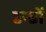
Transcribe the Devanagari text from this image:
डन्डों